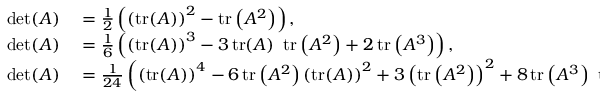
\begin{array} { r l } { \operatorname* { d e t } ( A ) } & { { } = { \frac { 1 } { 2 } } \left( \left( \operatorname { t r } ( A ) \right) ^ { 2 } - \operatorname { t r } \left( A ^ { 2 } \right) \right) , } \\ { \operatorname* { d e t } ( A ) } & { { } = { \frac { 1 } { 6 } } \left( \left( \operatorname { t r } ( A ) \right) ^ { 3 } - 3 \operatorname { t r } ( A ) ~ \operatorname { t r } \left( A ^ { 2 } \right) + 2 \operatorname { t r } \left( A ^ { 3 } \right) \right) , } \\ { \operatorname* { d e t } ( A ) } & { { } = { \frac { 1 } { 2 4 } } \left( \left( \operatorname { t r } ( A ) \right) ^ { 4 } - 6 \operatorname { t r } \left( A ^ { 2 } \right) \left( \operatorname { t r } ( A ) \right) ^ { 2 } + 3 \left( \operatorname { t r } \left( A ^ { 2 } \right) \right) ^ { 2 } + 8 \operatorname { t r } \left( A ^ { 3 } \right) ~ \operatorname { t r } ( A ) - 6 \operatorname { t r } \left( A ^ { 4 } \right) \right) . } \end{array}